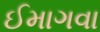
ઈમાગવા